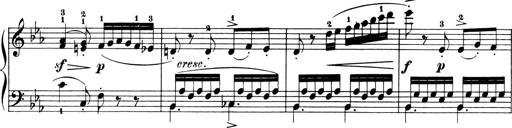
Title: 6 Piano Sonatinas
Composer: Cornelius Gurlitt